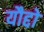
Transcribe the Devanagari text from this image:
यौद्दो